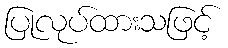
ပြုလုပ်ထားသဖြင့်